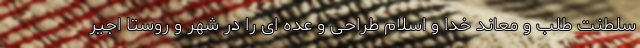
سلطنت طلب و معاند خدا و اسلام طراحی و عده ای را در شهر و روستا اجیر